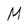
Character: M